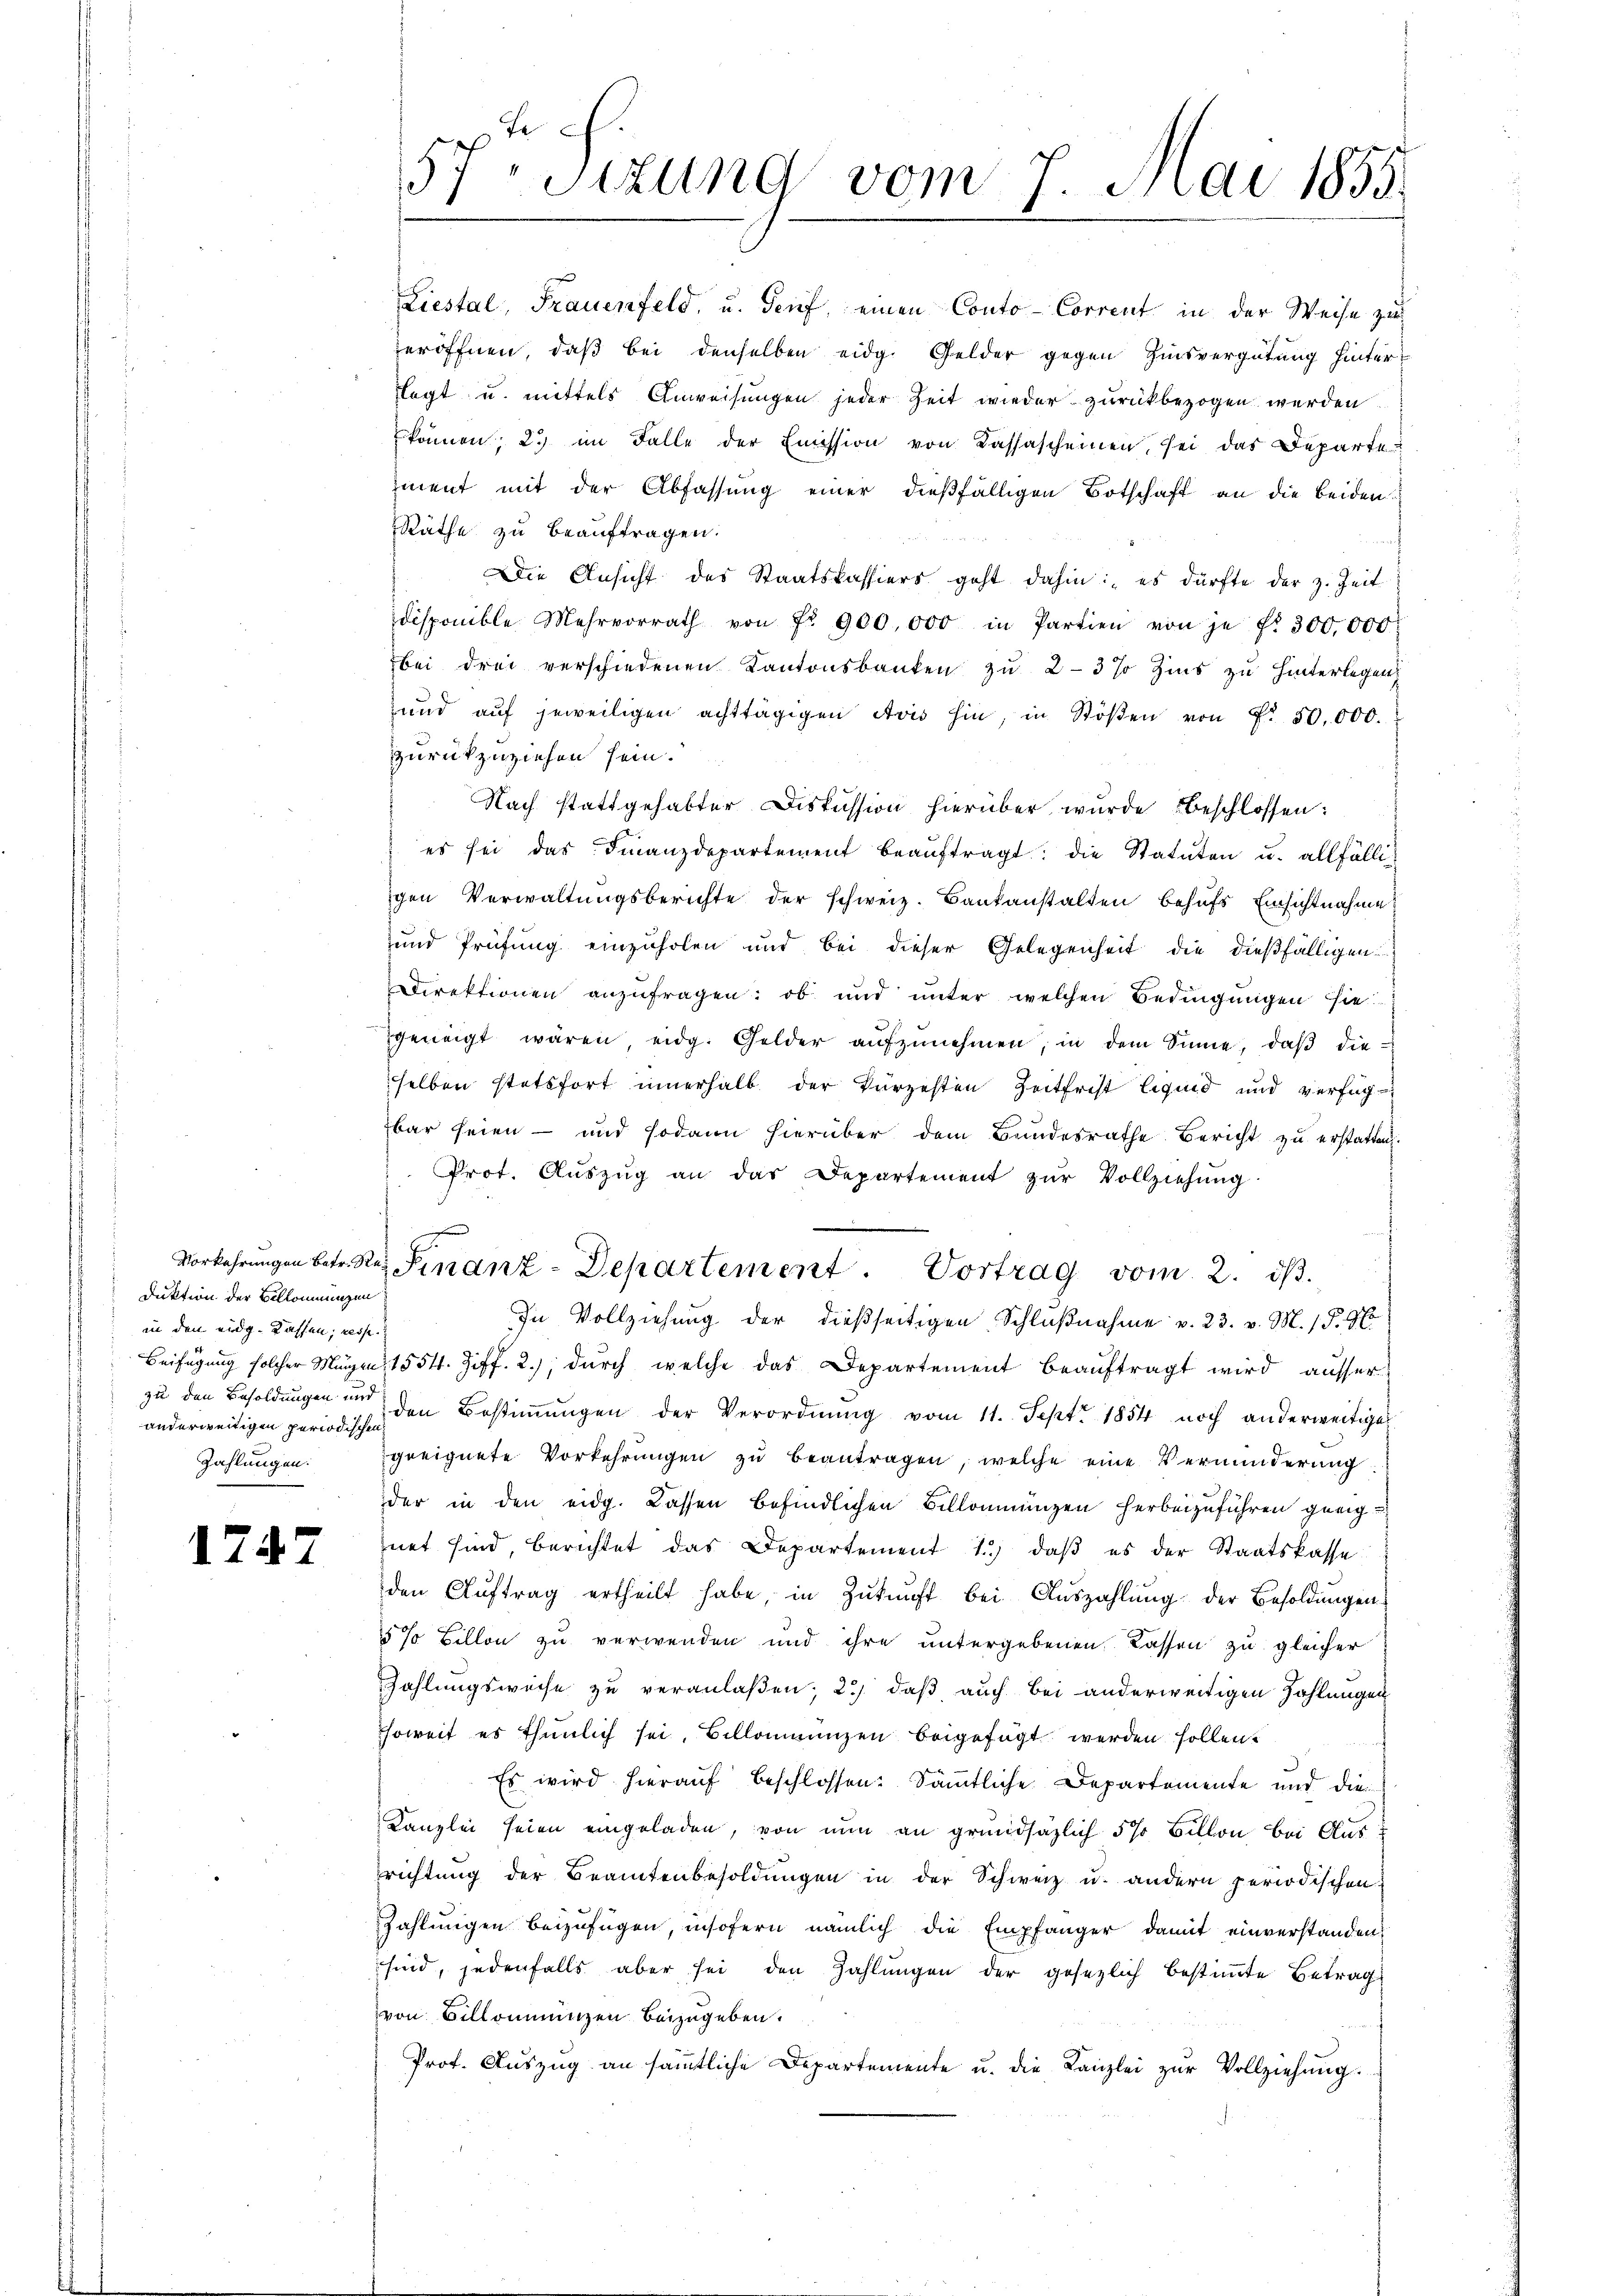
duktion der Billonungen
in den eidg. Kassen, resse
anderweitigen periodischen

1747

lagt u. mittels Anweisungen jeder Zeit wieder zurückbezogen werden.
können; 2. im Falle der Emission von Kassascheinen sei das Departe
ment mit der Abfassung einer dießfälligen Botschaft an die beiden.
Räthe zu beauftragen.
Die Ansicht des Staatskassiers geht dahin: es dürfte der z. Zeit
disponible Mehrvorrath von Fr. 900,000 in Partien von je fr. 300,000
bei drei verschiedenen Kantonsbanken zu 2-3 % Zins zu hinterlegen
und aŭf jeweiligen achttägigen Avis hin, in Stöβen von f. 50,000.
zurückzuziehen sein.
Nach stattgehalter Diskussion hierüber wurde beschlossen:
es sei das Finanzdepartement beaŭftragt: die Statuten u. allfälligen Verwaltŭngsberichte der schweiz. Bankanstalten behŭfs Einsichtnahme
und Prüfung einzuholen und bei dieser Gelegenheit die dießfälligen
Direktionen anzufragen: ob und unter welchen Bedingungen sie
geneigt wären, eidg. Gelder aŭfzŭnehmen, in dem Sinne, daβ die
selben stetsfort innerhalb der kürzesten Zeitfrist liquid und verfüg
bar seien - und sodann hierüber dem Bundesrathe Bericht zu erstatten
Prot. Aŭszŭg an das Departement zŭr Vollziehŭng
.
Vorkehrungen betr. R. Finanz-Departement                     Vortrag vom
In Vollziehung der dießseitigen Schlußnahme v. 23. v. M. (§. 96
Beifügung solcher Magen 1554. Ziff. 2.), durch welche das Departement beauftragt wird, ausser
zu den Besoldungen in den Bestimmungen der Verordnung vom 11. Sept. 1854 noch anderweitige
Zahlungen: geeignete Vorkehrŭngen zŭ beantragen, welche eine Verminderung
der in den eidg. Lassen befindlichen Billonmunzen herbeizuführen geeignet sind, berichtet das Departement 1. daβ es der Staatskasse
den Aŭftrag ertheilt habe, in Zŭkŭnft bei Aŭszahlŭng der Besoldungen
5% Billon zu verwenden und ihre untergebenen Cassen zu gleicher
Zahlungsweise zu veranlaßen; 2) daß auch bei anderweitigen Zahlungen
soweit es thunlich sei, Billonnanzen beigefügt werden sollen?
Es wird hierauf beschlossen: Sämmtliche Departemente und die
Kanzlei seien eingeladen, von nun an grundsätzlich 5 % Billon bei Ausrichtung der Beamtenbesoldungen in der Schweiz u. andern periodischen
Zahlungen beizufügen, insofern nämlich die Empfänger damit einverstanden,
sind, jedenfalls aber sei den Zahlungen der gesezlich bestimmte Betrag
von Billommungen beizugeben.
Prot. Auszug an sämmtliche Departemente u. die Kanzlei zŭr Vollziehung.

t c.
57. Sitzung vom 7. Juni 1855.

Liestal, Frauenfeld, u. Genf, einen Conto- Corrent in der Weise zu
eröffnen, daß bei denselben eidg. Gelder gegen Zinsvergütung hinter¬